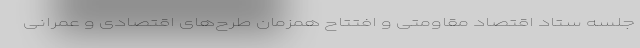
جلسه ستاد اقتصاد مقاومتی و افتتاح همزمان طرح‌های اقتصادی و عمرانی